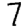
Digit: 7